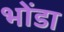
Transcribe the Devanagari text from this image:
भोंडा